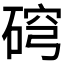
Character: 𥓰